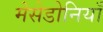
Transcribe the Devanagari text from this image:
मेसेडोनियाँ